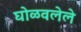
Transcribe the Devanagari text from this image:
घोळवलेले